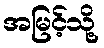
အမြင့်သို့